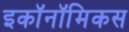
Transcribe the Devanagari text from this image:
इकॉनॉमिकस